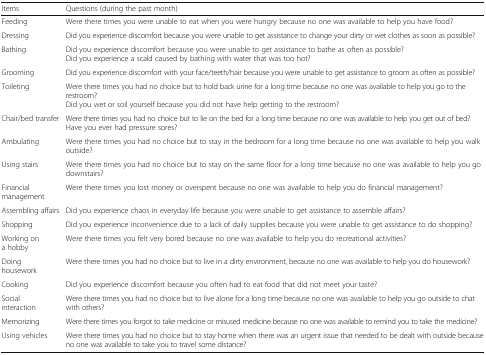
| Items | Questions (during the past month) |
 | --- | --- |
 | Feeding | Were there times you were unable to eat when you were hungry because no one was available to help you have food? |
 | Dressing | Did you experience discomfort because you were unable to get assistance to change your dirty or wet clothes as soon as possible? |
 | Bathing | Did you experience discomfort because you were unable to get assistance to bathe as often as possible?Did you experience a scald caused by bathing with water that was too hot? |
 | Grooming | Did you experience discomfort with your face/teeth/hair because you were unable to get assistance to groom as often as possible? |
 | Toileting | Were there times you had no choice but to hold back urine for a long time because no one was available to help you go to the restroom?Did you wet or soil yourself because you did not have help getting to the restroom? |
 | Chair/bed transfer | Were there times you had no choice but to lie on the bed for a long time because no one was available to help you get out of bed?Have you ever had pressure sores? |
 | Ambulating | Were there times you had no choice but to stay in the bedroom for a long time because no one was available to help you walk outside? |
 | Using stairs | Were there times you had no choice but to stay on the same floor for a long time because no one was available to help you go downstairs? |
 | Financial management | Were there times you lost money or overspent because no one was available to help you do financial management? |
 | Assembling affairs | Did you experience chaos in everyday life because you were unable to get assistance to assemble affairs? |
 | Shopping | Did you experience inconvenience due to a lack of daily supplies because you were unable to get assistance to do shopping? |
 | Working on a hobby | Were there times you felt very bored because no one was available to help you do recreational activities? |
 | Doing housework | Were there times you had no choice but to live in a dirty environment, because no one was available to help you do housework? |
 | Cooking | Did you experience discomfort because you often had to eat food that did not meet your taste? |
 | Social interaction | Were there times you had no choice but to live alone for a long time because no one was available to help you go outside to chat with others? |
 | Memorizing | Were there times you forgot to take medicine or misused medicine because no one was available to remind you to take the medicine? |
 | Using vehicles | Were there times you had no choice but to stay home when there was an urgent issue that needed to be dealt with outside because no one was available to take you to travel some distance? |